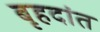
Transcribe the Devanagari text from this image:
बृहदांत